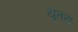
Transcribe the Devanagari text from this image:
यूतन